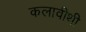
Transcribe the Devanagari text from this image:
कलावीथी